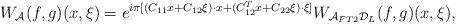
LaTeX: \begin{align*}W_\mathcal{A}(f,g)(x,\xi)=e^{i\pi [(C_{11}x+C_{12}\xi)\cdot x+(C_{12}^T x+C_{22}\xi)\cdot \xi]} W_{\mathcal{A}_{FT2}\mathcal{D}_L}(f,g)(x,\xi),\end{align*}